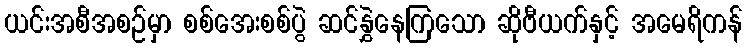
ယင်းအစီအစဉ်မှာ စစ်အေးစစ်ပွဲ ဆင်နွှဲနေကြသော ဆိုဗီယက်နှင့် အမေရိကန်